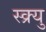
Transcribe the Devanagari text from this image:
स्क्र्यु